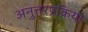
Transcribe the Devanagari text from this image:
अनुत्तरप्रक्रिया